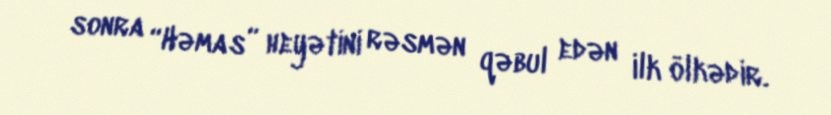
sonra “Həmas” heyətini rəsmən qəbul edən ilk ölkədir.